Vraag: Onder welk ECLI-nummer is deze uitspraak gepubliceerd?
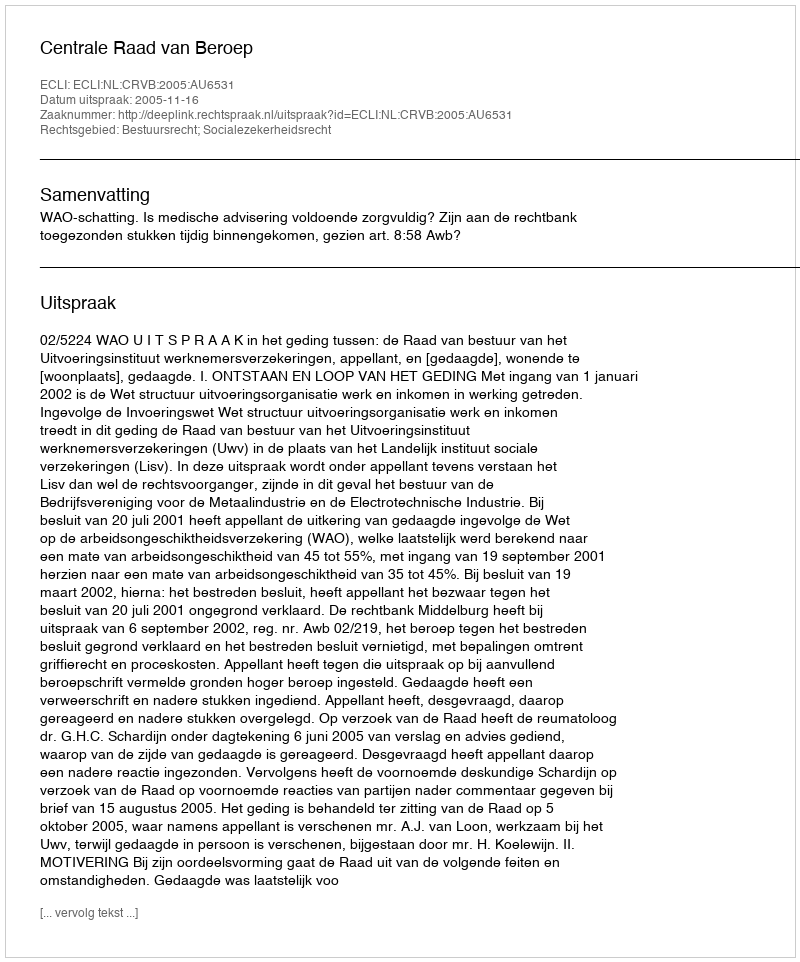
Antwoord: ECLI:NL:CRVB:2005:AU6531